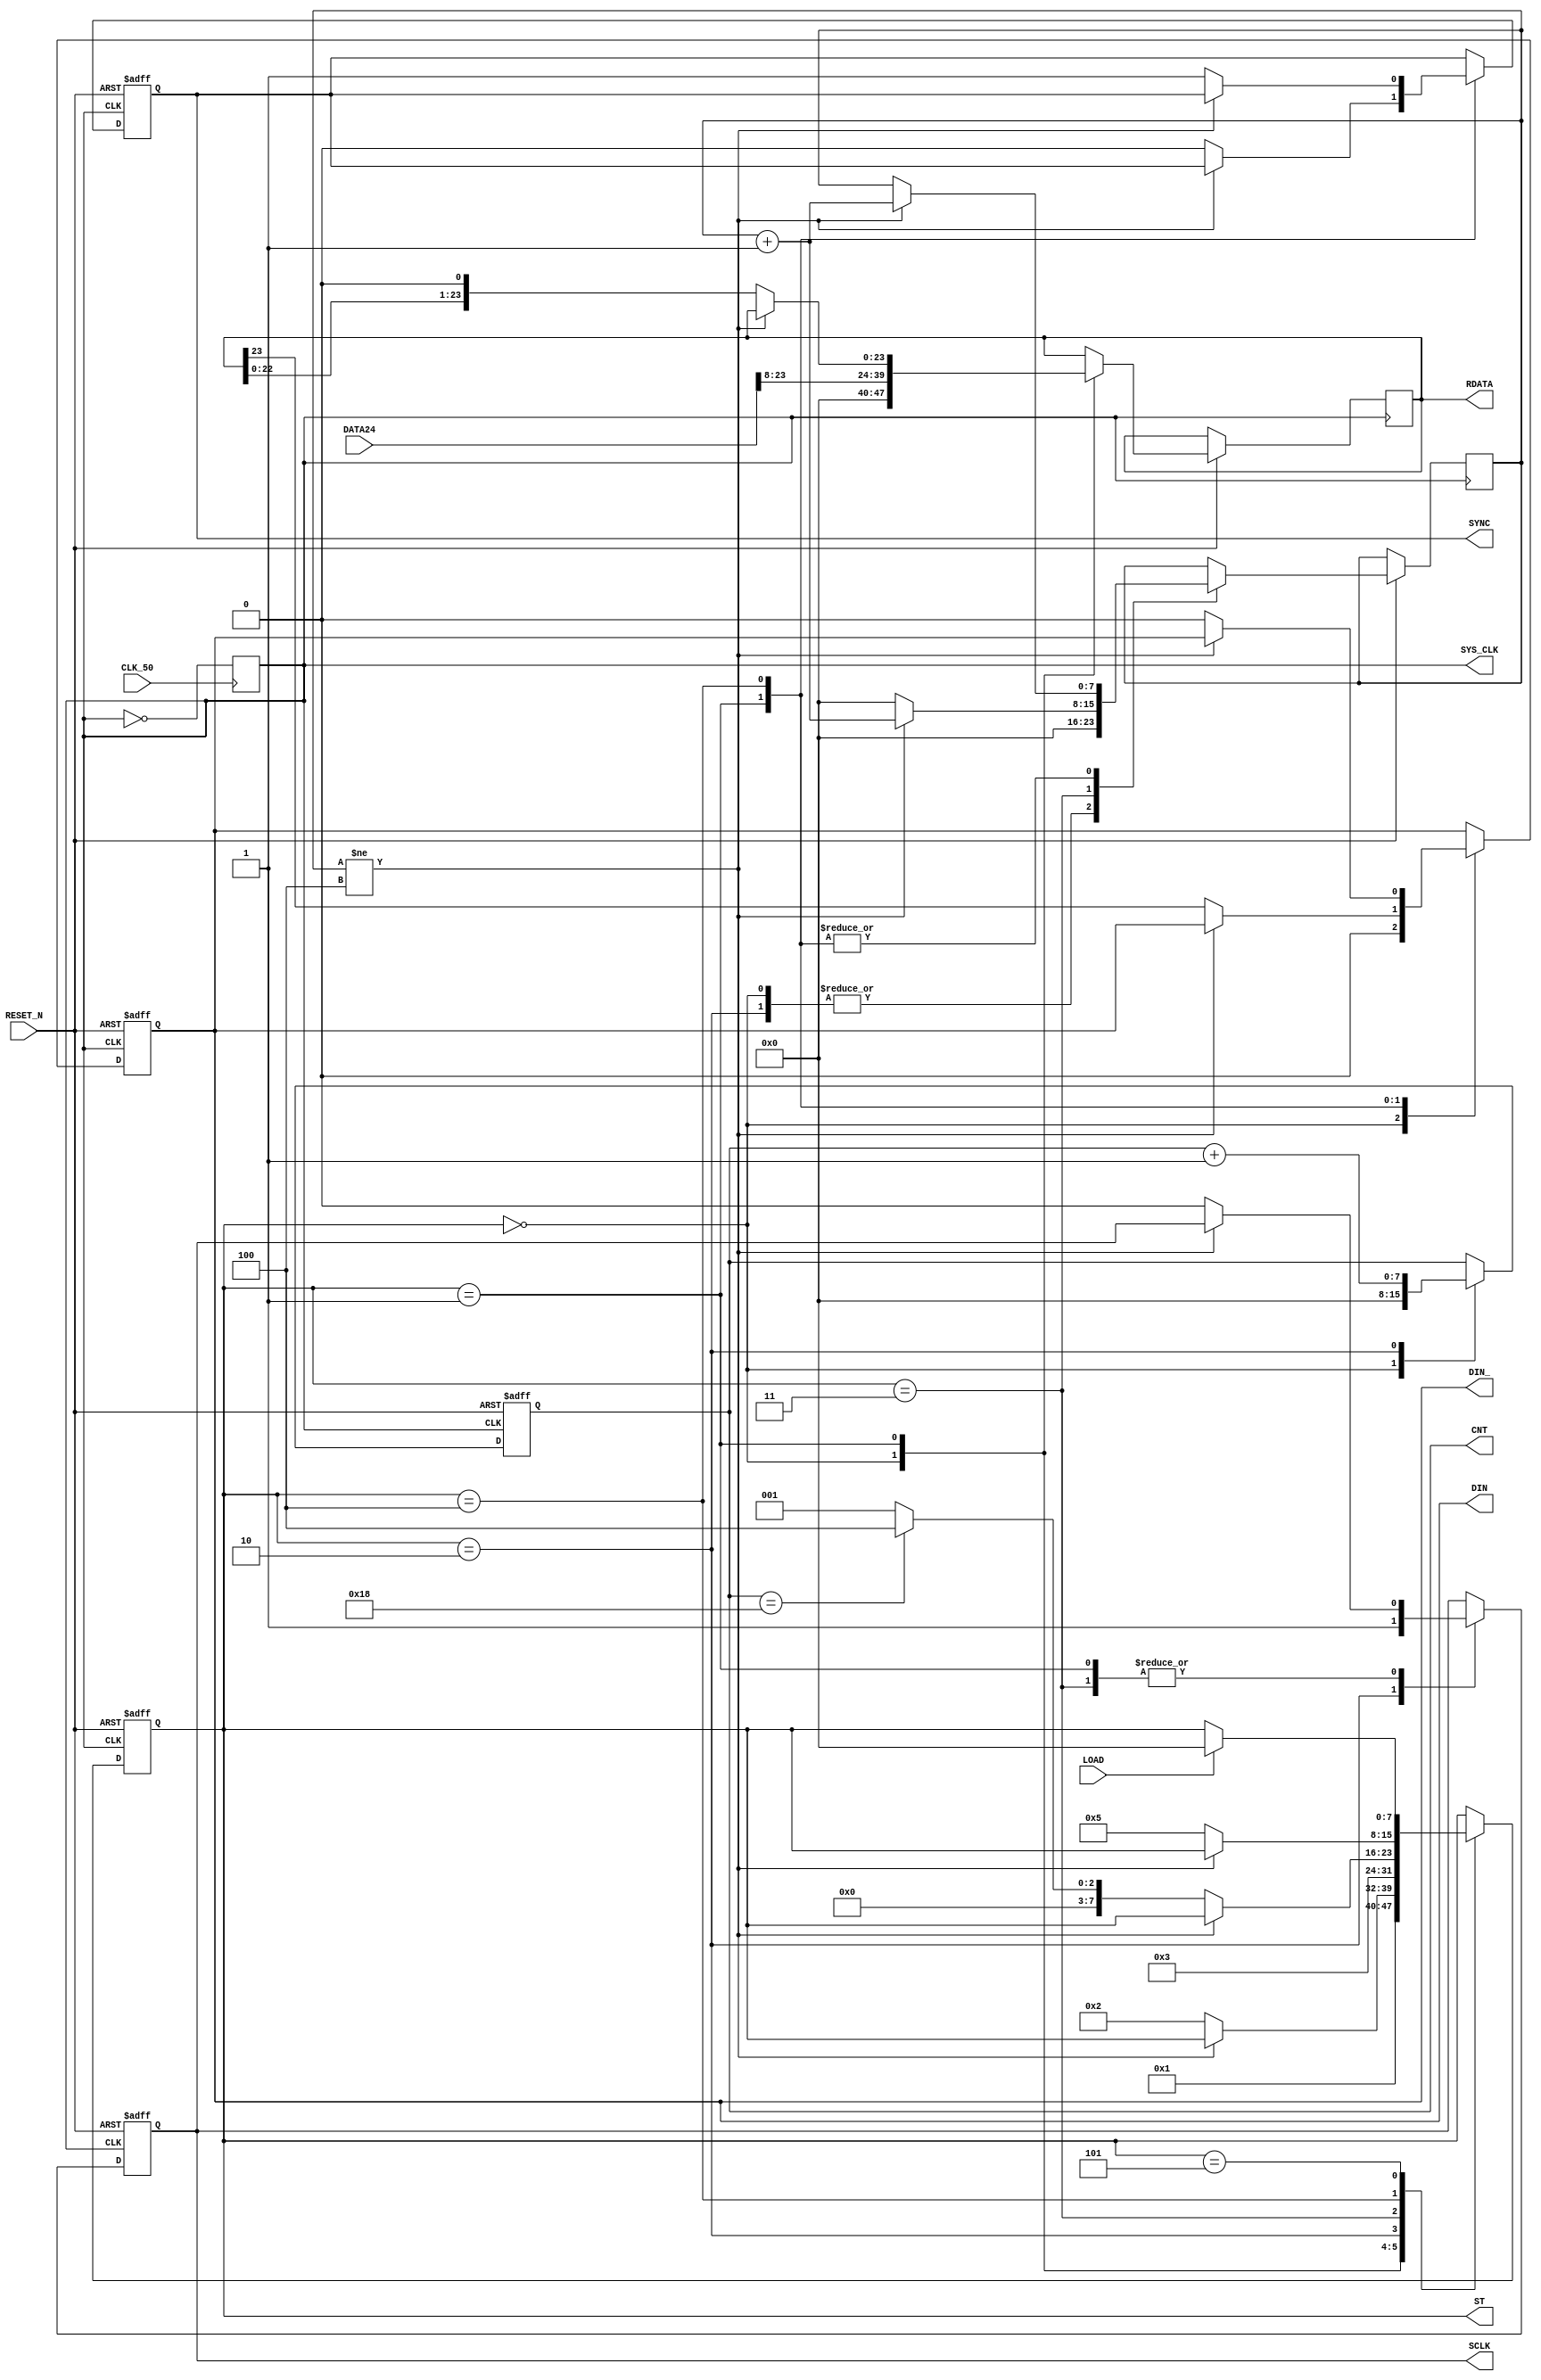
module  DAC16  (
 input LOAD , 
 input RESET_N , 
 input CLK_50 , 
 input signed [23:0] DATA24 ,
 output reg SYNC ,
 output reg SCLK,
 output reg DIN ,
 
 //--test
 output reg SYS_CLK  ,  
 output reg [7:0]ST  ,
 output reg [7:0]CNT ,
 
 output reg  [23:0] RDATA ,
 output DIN_  
 
 );
 
 parameter TIM  =  4;// 
 reg [7:0]DELAY ; 
 //-- 25MHZ --

 always @( posedge CLK_50 ) SYS_CLK <=~SYS_CLK ; 
 
 assign  DIN_ = DIN ;  
 
 //--FSM--
 
 always @( negedge RESET_N or posedge SYS_CLK  )begin
 if ( !RESET_N) begin 
   ST<=0;
	SYNC  <=1; 
	SCLK  <=0;  
	DIN   <=0 ;  	 
	CNT   <=0; 
  end
 else begin 
  case (ST)
  0: begin 
     { DIN , RDATA[23:0] }   <= { 9'b0, DATA24[23:8]  } ;
	  	CNT   <=0; 
      ST<=1 ;  
		DELAY<=0; 
  end
  1: begin 
      if ( DELAY != TIM ) DELAY<=DELAY+1'b1 ;  
		else
		begin 
      SCLK  <=0;
      { DIN , RDATA[23:0] }   <= { RDATA[23:0] ,1'b0 } ;	  
	   SYNC  <=0; 
	   ST<= 2; 
		end
		
  end
  2: begin 
      SCLK  <=1;	  
	   CNT   <=CNT+1'b1; 
	   ST<= 3; 
		DELAY<=0; 
   end
  3: begin 
     if ( DELAY != TIM ) DELAY<=DELAY+1'b1 ; 
	  else
	  begin 
		SCLK  <=0;	  
		DELAY <=0;		
		if  ( CNT==24) begin   ST<=4  ;  end 
		else  ST<=1 ;  

	  end
  end
  4: begin 
       if ( DELAY != TIM ) DELAY<=DELAY+1'b1 ; 
	  else
	  begin 

     ST<=5 ;  	
	  SYNC  <=1; 
	  DIN   <=0 ;
	  end 
  end  
  5: begin 
     if ( LOAD )   ST<=0 ;  
  end  
  
  endcase 
 
  end
 end
 
 endmodule